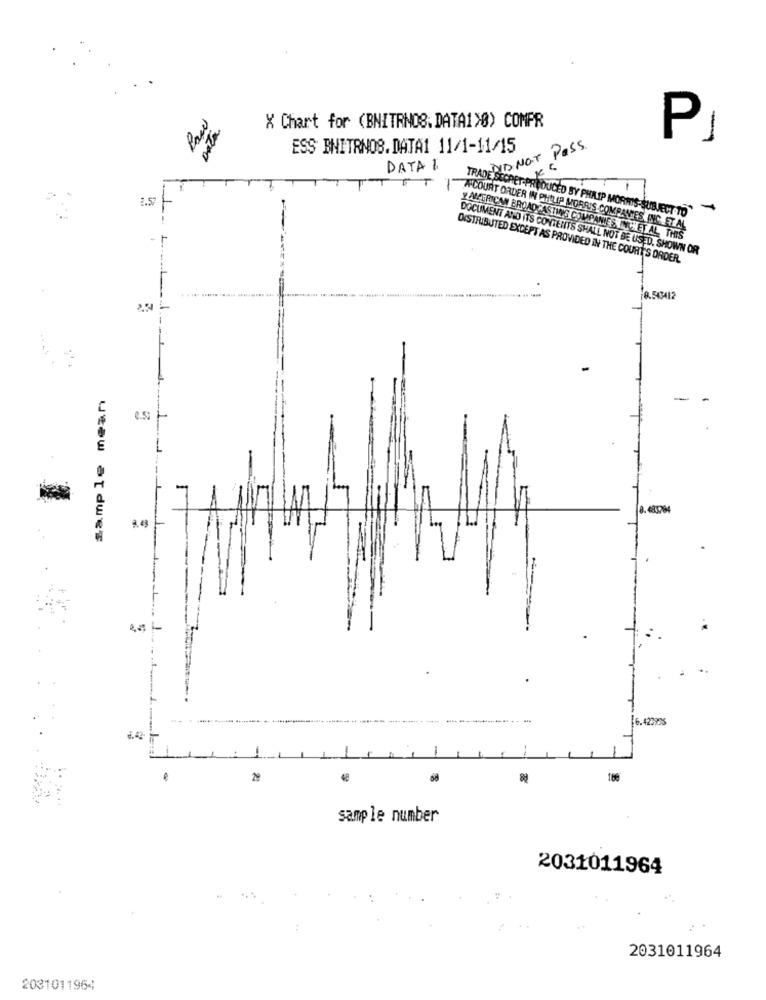
Data
X Chart for (BNITRNOS. DATA1>0) COMFR
P
ESS BNITRNOS.DATA1 11/1-11/15
DID NOT Pass
DATA 1
ET
2.5
TRADE SECRET-PRODUCED BY PHILIP MORRIS-SUBJECT TO"
TACOURT ORDER IN PHILIP MORRIS COMPANIES INC. ET AL
y AMERICAN BROADCASTING COMPANIES TYCHET AL. THIS
L.
DOCUMENT AND ITS CONTENTS SHALL NOT BE USED, SHOWN OR
DISTRIBUTED EXCEPT AS PROVIDED IN THE COURT'S ORDER.
0.53412
sample mean
0.5%
3.483784
[6.42393
48
sample number
2031011964
2031011964
2031011964